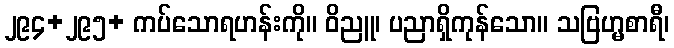
၂၉၄+၂၉၅+ ကပ်သောရဟန်းကို။ ဝိညူ၊ ပညာရှိကုန်သော။ သဗြဟ္မစာရီ၊